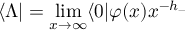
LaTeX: \langle \Lambda | = \operatorname * { l i m } _ { x \rightarrow \infty } \langle 0 | \varphi ( x ) x ^ { - h _ { - } }